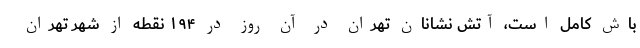
باش کامل است، آتش نشانان تهران در آن روز در ۱۹۴ نقطه از شهر تهران